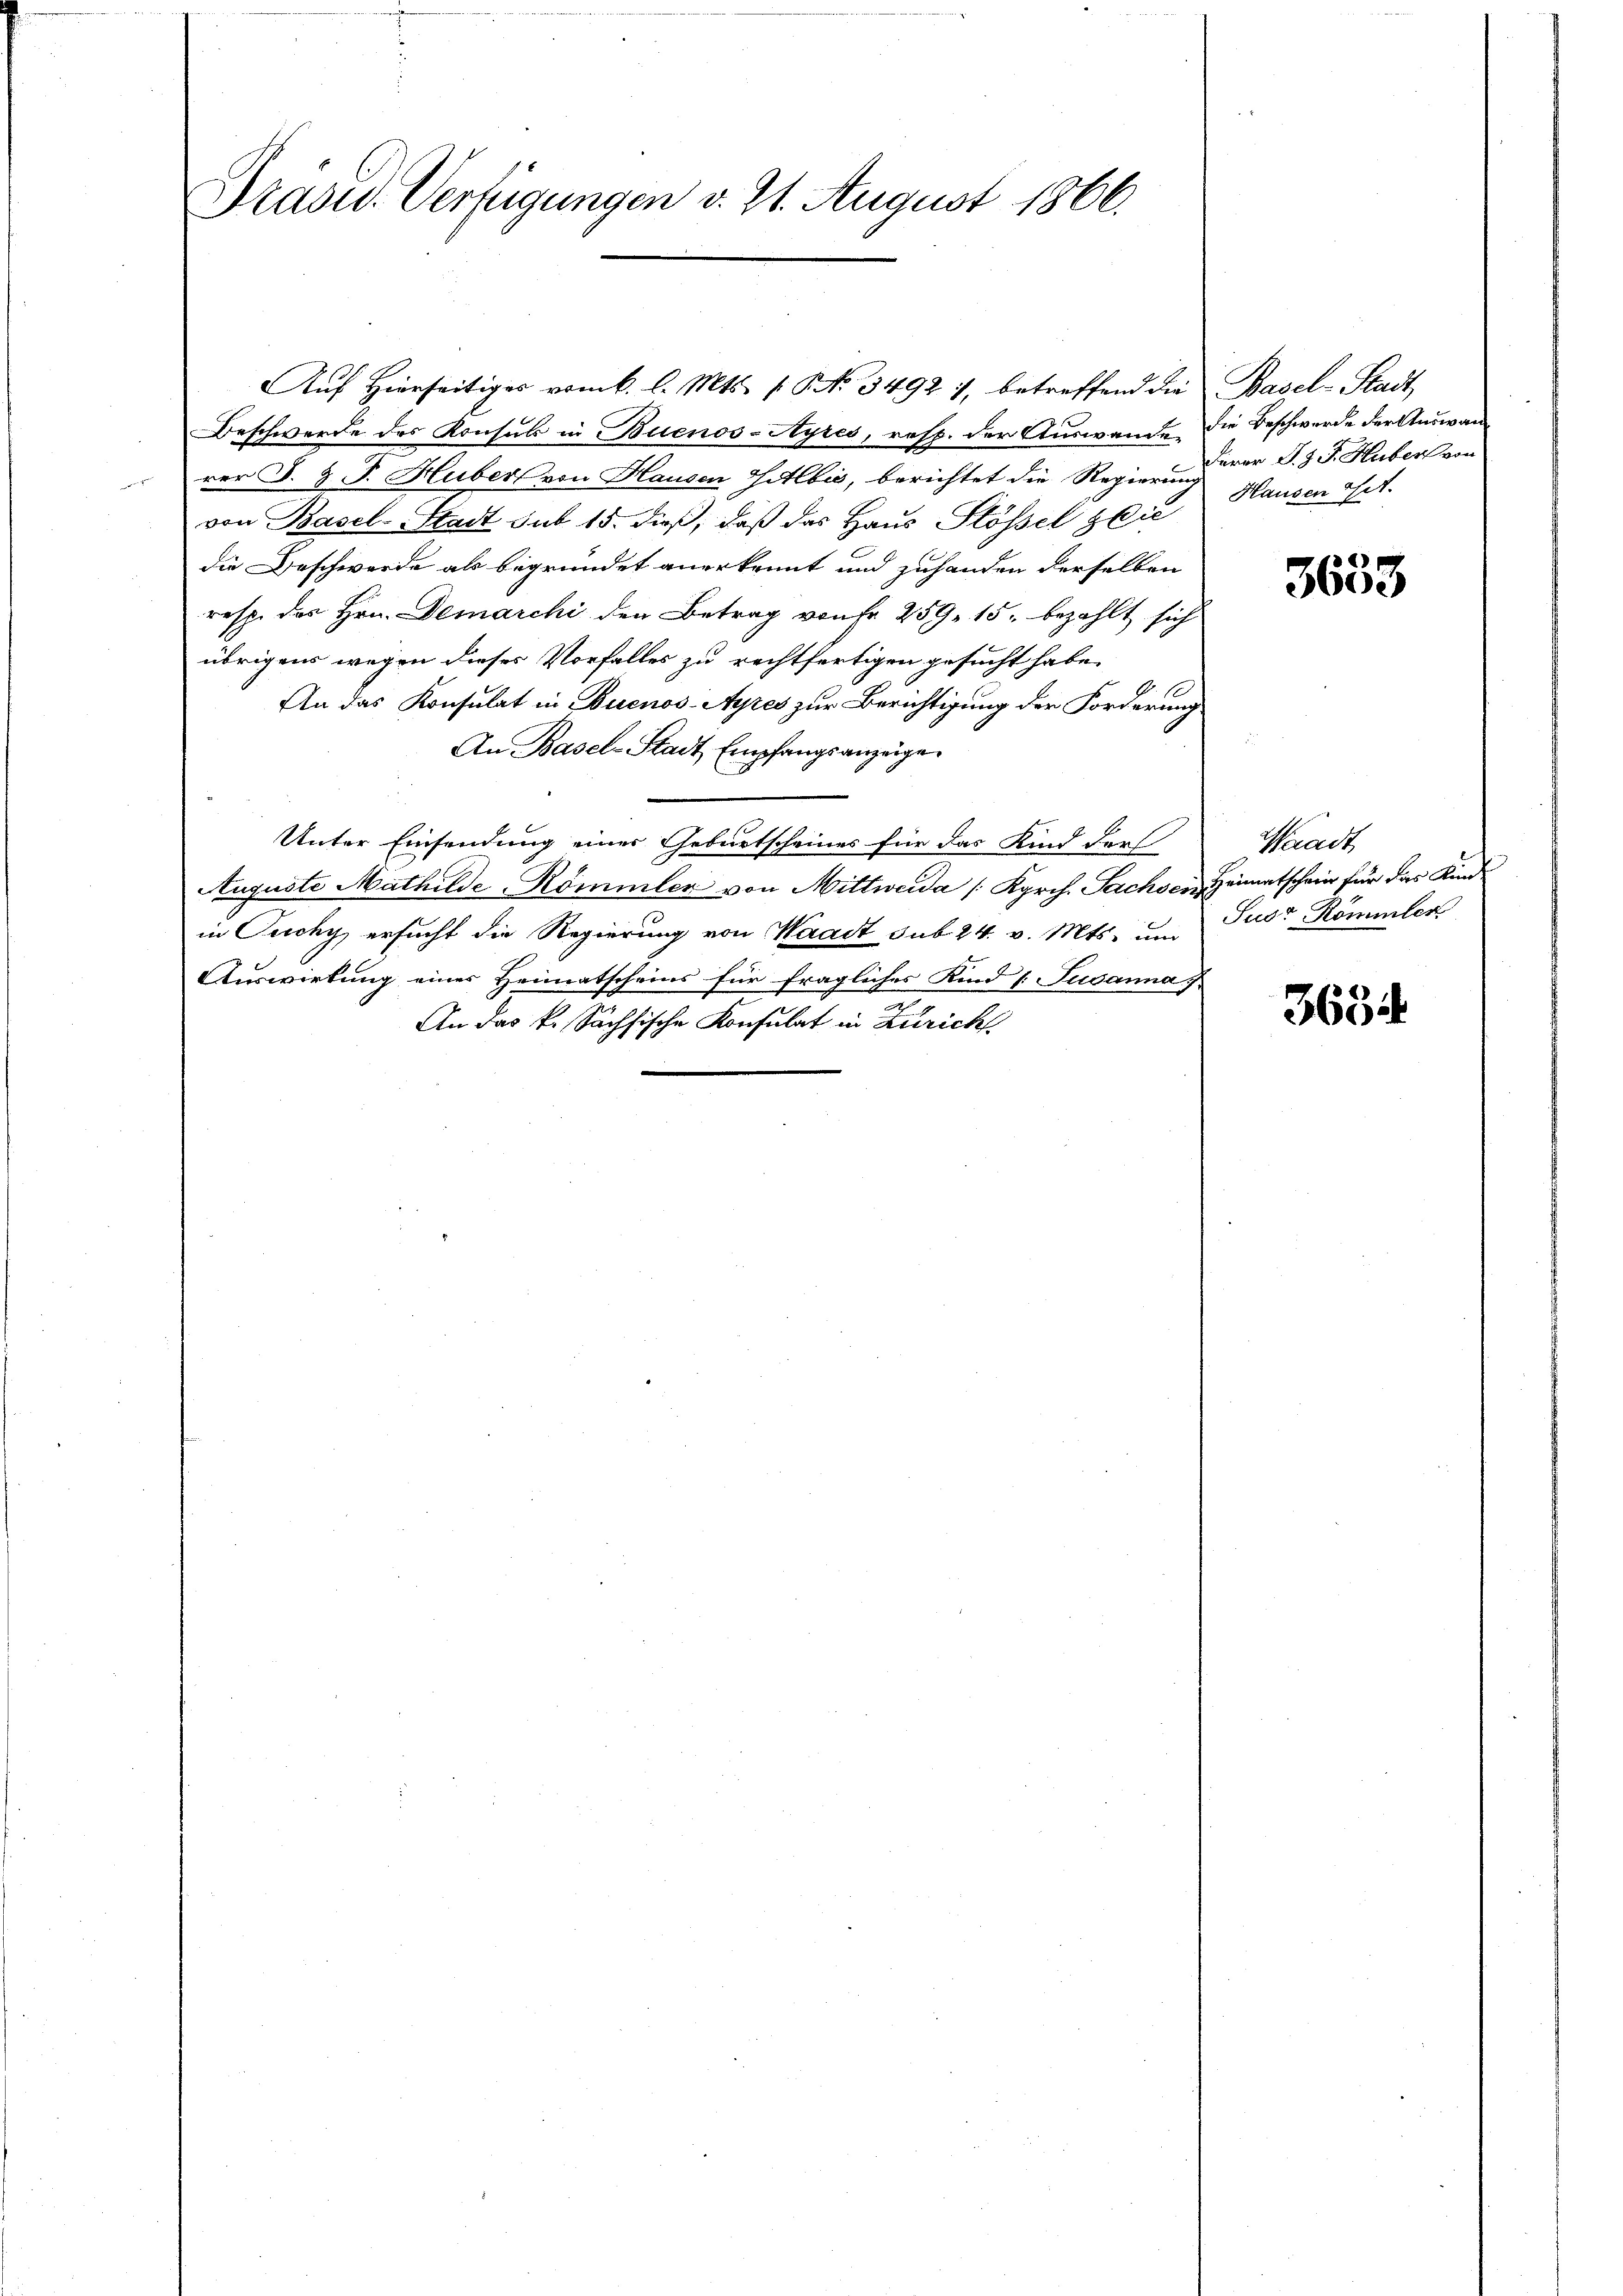
Präsid. Verfügungen v. 21. August 1866.

Aŭf Hierseitiges vom 6. l. Mts. / NNo. 3492 1, betreffend die Basel-Stadt
Beschwerde des Konsuls in Buenos-Ayres, resp. der Auswande. Die Beschwerde der Annen
rer J. J. J. Huber von Hausen Sitlbis, berichtet die Regierung Hausen III
von Basel-Stadt sub 15. dieß, daß das Haus Stößel zeic
die Beschwerde als begründet anerkennt und zuhanden derselben
resp. des Hrn. Demarchi den Betrag von Fr. 259. 15. bezahlt sich
übrigens wegen dieses Vorfalles zu rechtfertigen gesucht habe.
An das Konsulat in Buenos-Ayres zur Berichtigung der Forderung
An Basel-Stadt Empfangsanzeige
Unter Einsendung einer Geburtscheines für das Kind dar
Auguste Mathilde-Kömmler von Mittweida [Kgrch. Sachsen, Heimatschwer für das Kindin Ouchy ersucht die Regierung von Waadt sub 24. v. Mts. um Just Kömmler
Auswirkung einer Heimatscheins für fragliches Kind / Susanna
e
An das k. Sächsische Konsulat in Zürich

Furor J. J. J. Huber von

34)
3600

Waadt

3694